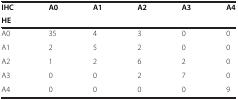
<table><thead><tr><td><b>IHC</b></td><td rowspan="2"><b>A0</b></td><td rowspan="2"><b>A1</b></td><td rowspan="2"><b>A2</b></td><td rowspan="2"><b>A3</b></td><td rowspan="2"><b>A4</b></td></tr><tr><td><b>HE</b></td></tr></thead><tbody><tr><td>A0</td><td>35</td><td>4</td><td>3</td><td>0</td><td>0</td></tr><tr><td>A1</td><td>2</td><td>5</td><td>2</td><td>0</td><td>0</td></tr><tr><td>A2</td><td>1</td><td>2</td><td>6</td><td>2</td><td>0</td></tr><tr><td>A3</td><td>0</td><td>0</td><td>2</td><td>7</td><td>0</td></tr><tr><td>A4</td><td>0</td><td>0</td><td>0</td><td>0</td><td>9</td></tr></tbody></table>